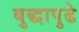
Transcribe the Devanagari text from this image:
बुद्धापुढे